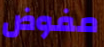
مفوض